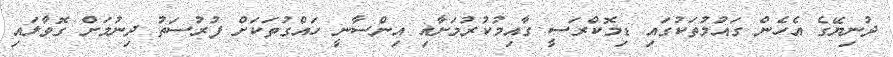
ދުނިޔޭގެ އެހެން ގައުމުތަކުގައި ޑިމޮކްރަސީ ގާއިމުކުރުމަށާއި އިންސާނީ ހައްގުތަކަށް ފުރުސަތު ދިނުމަށް ގޮވާލައި